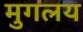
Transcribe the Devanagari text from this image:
मुगलय